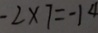
- 2 \times 7 = - 1 4